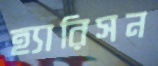
হ্যারিসন